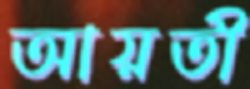
আয়তী